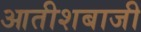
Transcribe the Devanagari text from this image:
आतीशबाजी